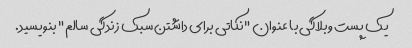
یک پست وبلاگی با عنوان "نکاتی برای داشتن سبک زندگی سالم" بنویسید.